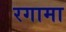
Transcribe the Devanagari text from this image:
रगामा